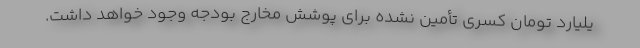
یلیارد تومان کسری تأمین نشده برای پوشش مخارج بودجه وجود خواهد داشت.